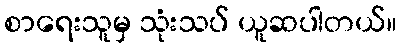
စာရေးသူမှ သုံးသပ် ယူဆပါတယ်။